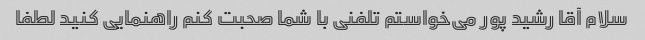
سلام آقا رشید پور می‌خواستم تلفنی با شما صحبت کنم راهنمایی کنید لطفا